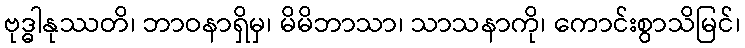
ဗုဒ္ဓါနုဿတိ၊ ဘာဝနာရှိမှ၊ မိမိဘာသာ၊ သာသနာကို၊ ကောင်းစွာသိမြင်၊